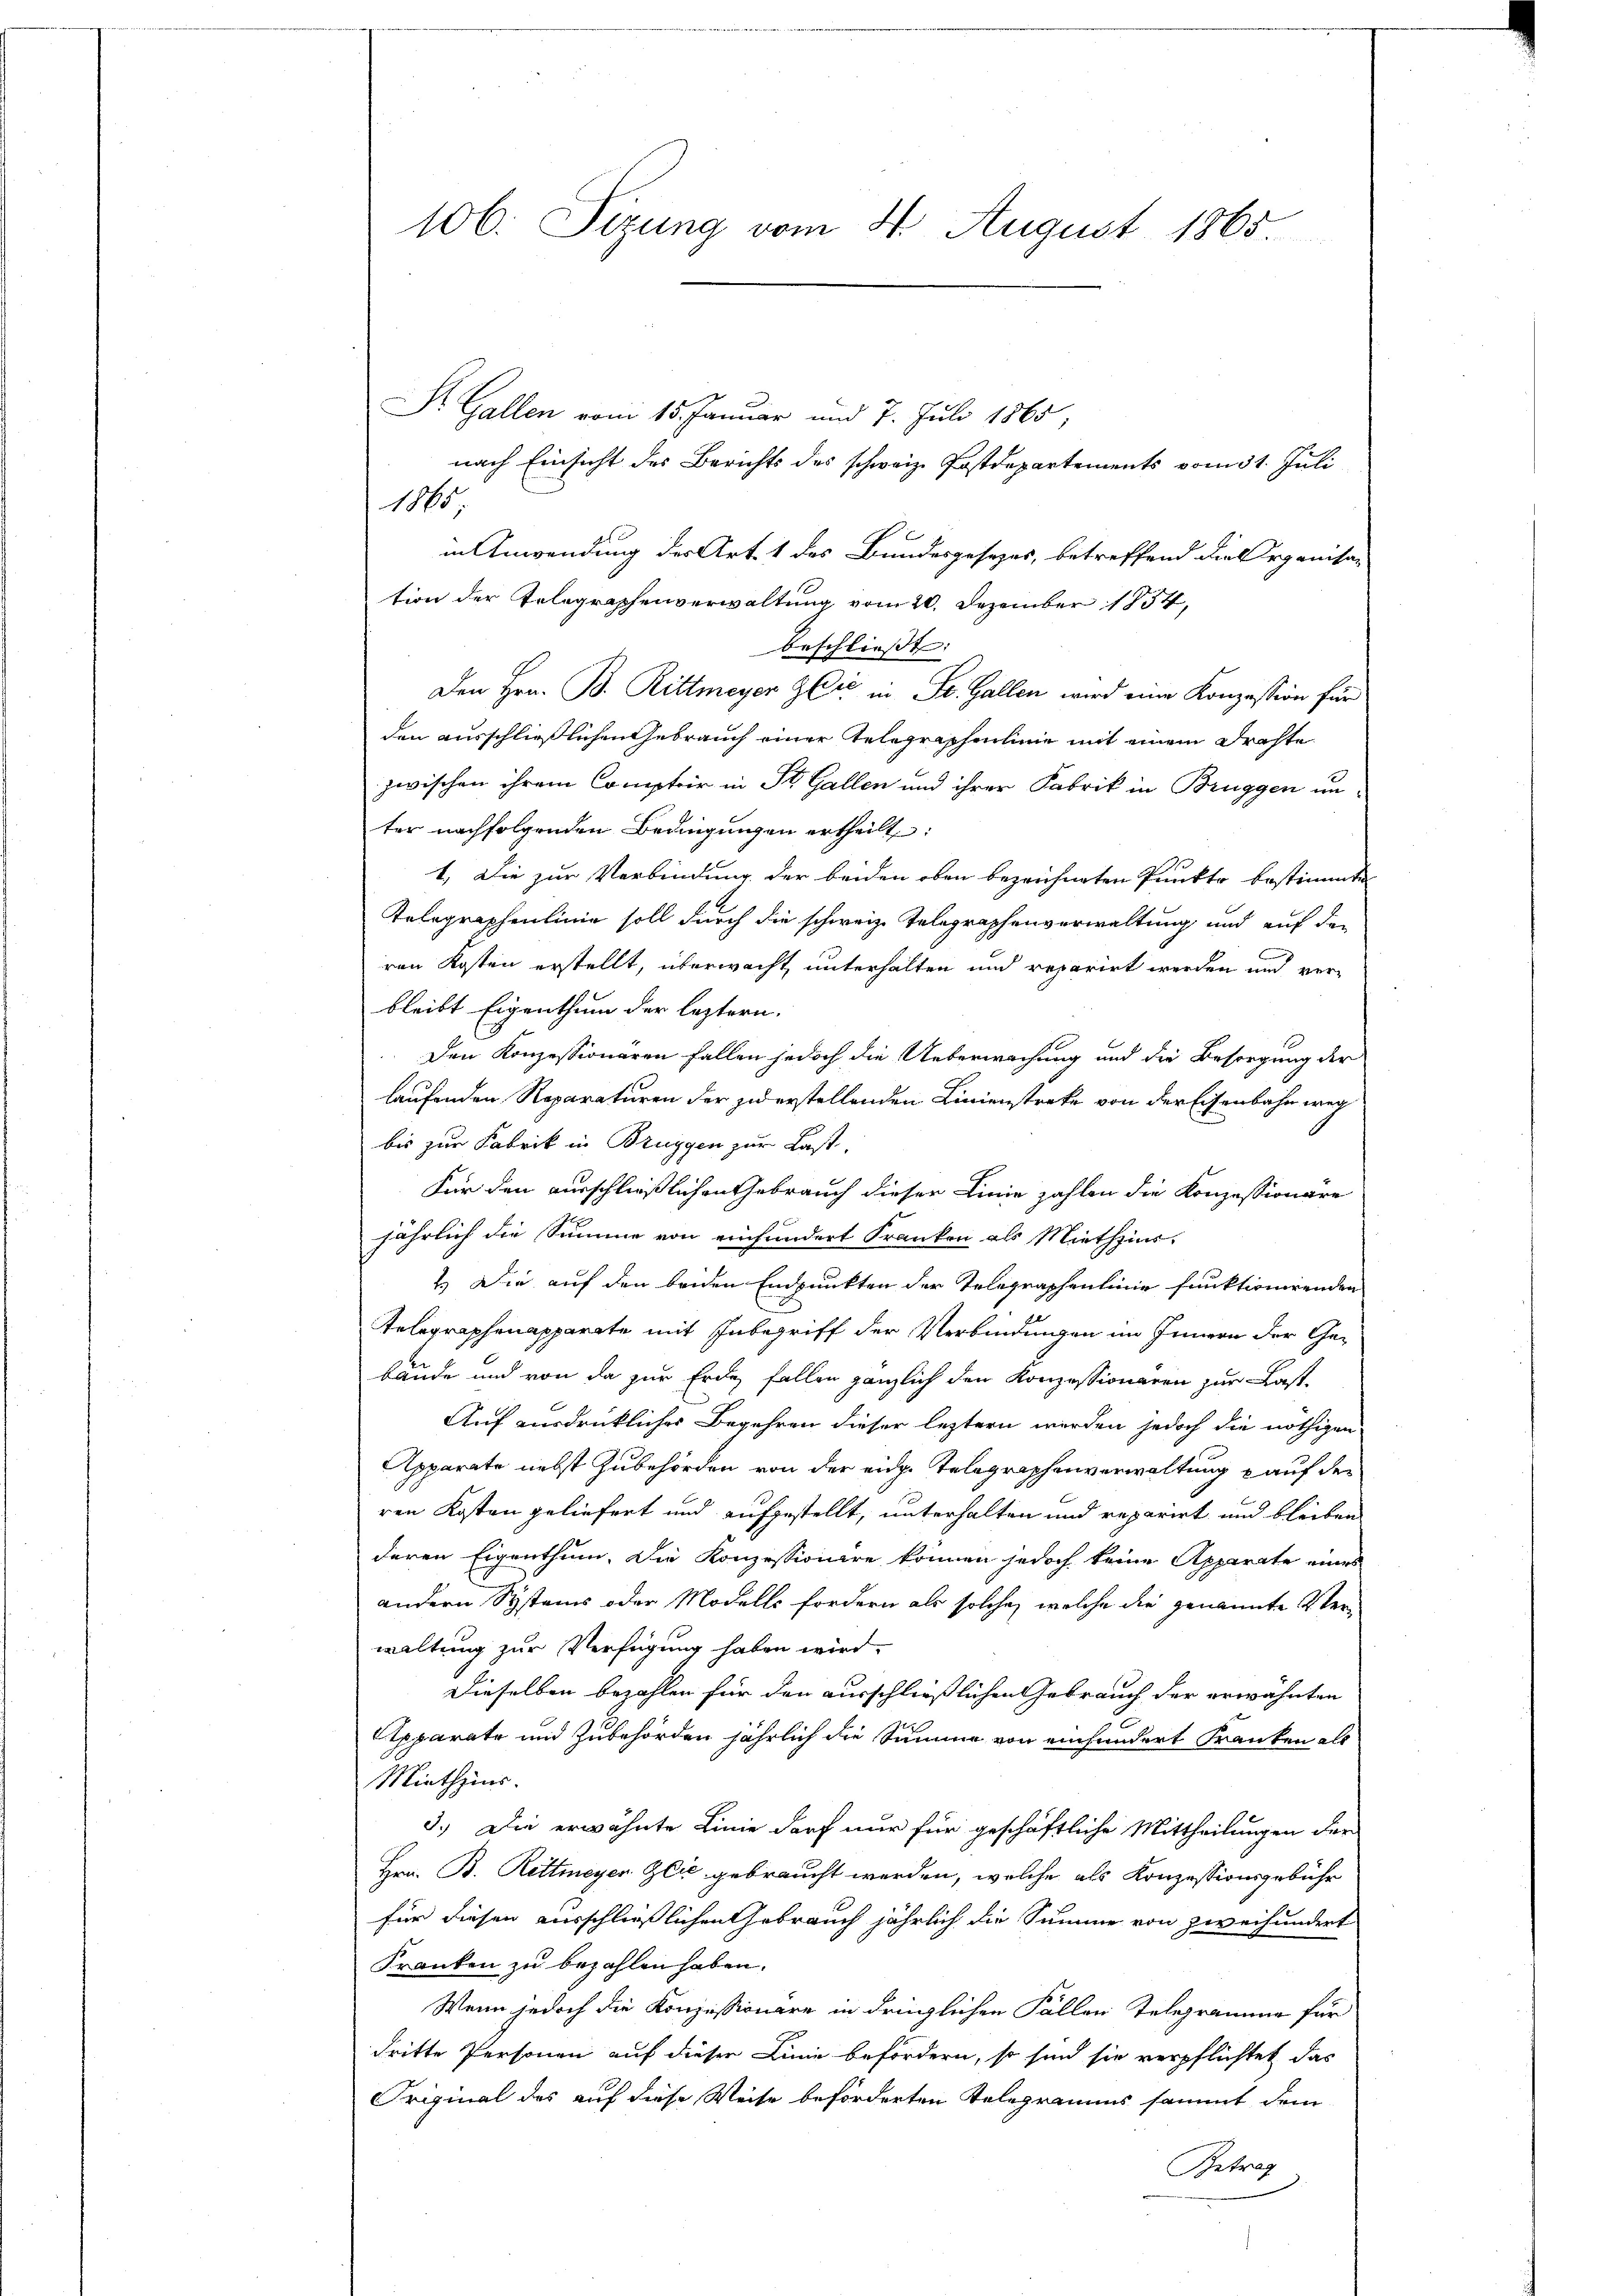
Dr. Gallen vom 15. Januar und 7. Juli 1865,
nach Einsicht des Berichts des schweiz. Postdepartements vom 31. Juli
1815.
in Anwendung des Art. 1 des Bundesgesezes, betreffend die Organisation der Telegraphenverwaltung vom 20. Dezember 1854,
beschließt:
Den Hrn. B. Rittmeyer & Cie St. Gallen wird eine Konzession für
den ausschließlichen Gebrauch einer Telegraphenlinie mit einem Drahte
zwischen ihrem Comptoir in St. Gallen und ihrer Fabrik in Brüggen un-
ter nachfolgenden Bedingungen ertheilt:
1. Die zur Verbindung der beiden oben bezeichneten Punkte bestimmten
Telegraphenlinie soll durch die schweiz. Telegraphenverwaltung und auf den
ren Kosten erstellt, überwacht unterhalten und reparirt werden und verbleibt Eigenthum der leztern.
Den Konzessionaren fallen jedoch die Ueberwachung und die Besorgung der
laufenden Reparaturen der zu erstellenden Linienstreke von der Eisenbahn weg
bis zur Fabrik in Bruggen zur Last,
Für den ausschließlichen Gebrauch dieser Linie zahlen die Konzessionäre
jährlich die Summe von einhundert Franken als Miethzins,
2.) Die auf den beiden Endpunkten der Telegraphenlinie funktionirenden
Telegraphenapparate mit Inbegriff der Verbindungen im Innern der Gebäude und von da zur Erde, fallen gänzlich den Konzessionaren zur Last-
Auf ausdrücklicher Begehren dieser leztern werden jedoch die nöthigen
Apparate nebst Zubehörden von der eidg. Telegraphenverwaltung & auf der
ren Kosten geliefert und aufgestellt, unterhalten und reparirt und bleiben
deren Eigenthum. Die Konzessionire können jedoch keine Apparate eines
andern Systems oder Modelle fordern als solche, welche die genannte Verwaltung zur Verfügung haben wird.
Dieselben bezahlen für den ausschließlichen Gebrauch der erwähnten
Apparate und Zubehörden jährlich die Summe von einhundert Kranken als
Miethzins.
3.) Die erwähnte Linie darf nur für geschäftliche Mittheilungen der
Hrn. B. Rittmeyer Zeit gebraucht werden, welche als Konzessionsgebühr
für diesen ausschließlichen Gebrauch jährlich die Summe von zweihundert
Franken zu bezahlen haben.
Wenn jedoch die Konzessionäre in dringlichen Fällen Telegramme für
dritte Personen auf dieser Linie befördern, so sind sie verpflichtet das
Original des auf diese Weise beförderten Telegramms sammt dem
Getrag

106. Sizung vom 4. August 1865.